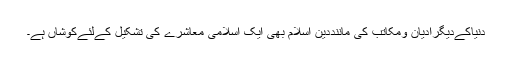
دنیاکےدیگرادیان ومکاتب کی ماننددینِ اسلام بھی ایک اسلامی معاشرے کی تشکیل کےلئےکوشاں ہے۔